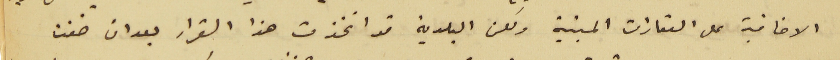
الاضافية على العقارات المبنية ولكن البلدية قد اتخذت هذا القرار بعد ان خفت